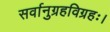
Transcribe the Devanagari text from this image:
सर्वानुग्रहविग्रहः।